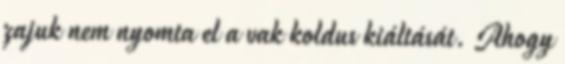
zajuk nem nyomta el a vak koldus kiáltását. Ahogy